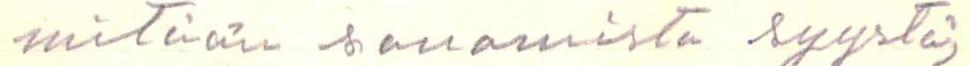
mitään sanomista syystä,